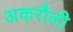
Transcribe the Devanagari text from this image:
अकरौली